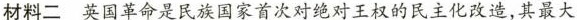
材料二英国革命是民族国家首次对绝对王权的民主化改造，其最大